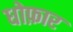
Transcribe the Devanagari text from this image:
धोफ़ार